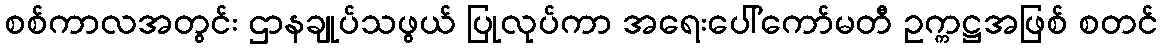
စစ်ကာလအတွင်း ဌာနချုပ်သဖွယ် ပြုလုပ်ကာ အရေးပေါ်ကော်မတီ ဥက္ကဋ္ဌအဖြစ် စတင်